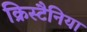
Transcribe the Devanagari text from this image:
क्रिस्टैनिया